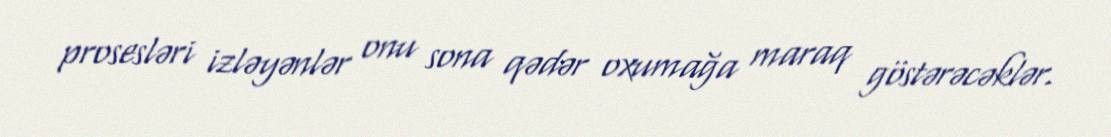
prosesləri izləyənlər onu sona qədər oxumağa maraq göstərəcəklər.